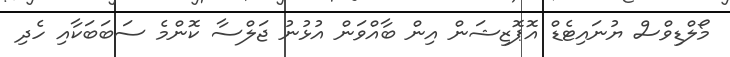
މޯލްޑިވްސް ޔުނައިޓެޑް އޮޕޮޒިޝަން އިން ބާއްވަން އުޅުނު ޖަލްސާ ކޮންމެ ސަބަބަކާއި ހެދި